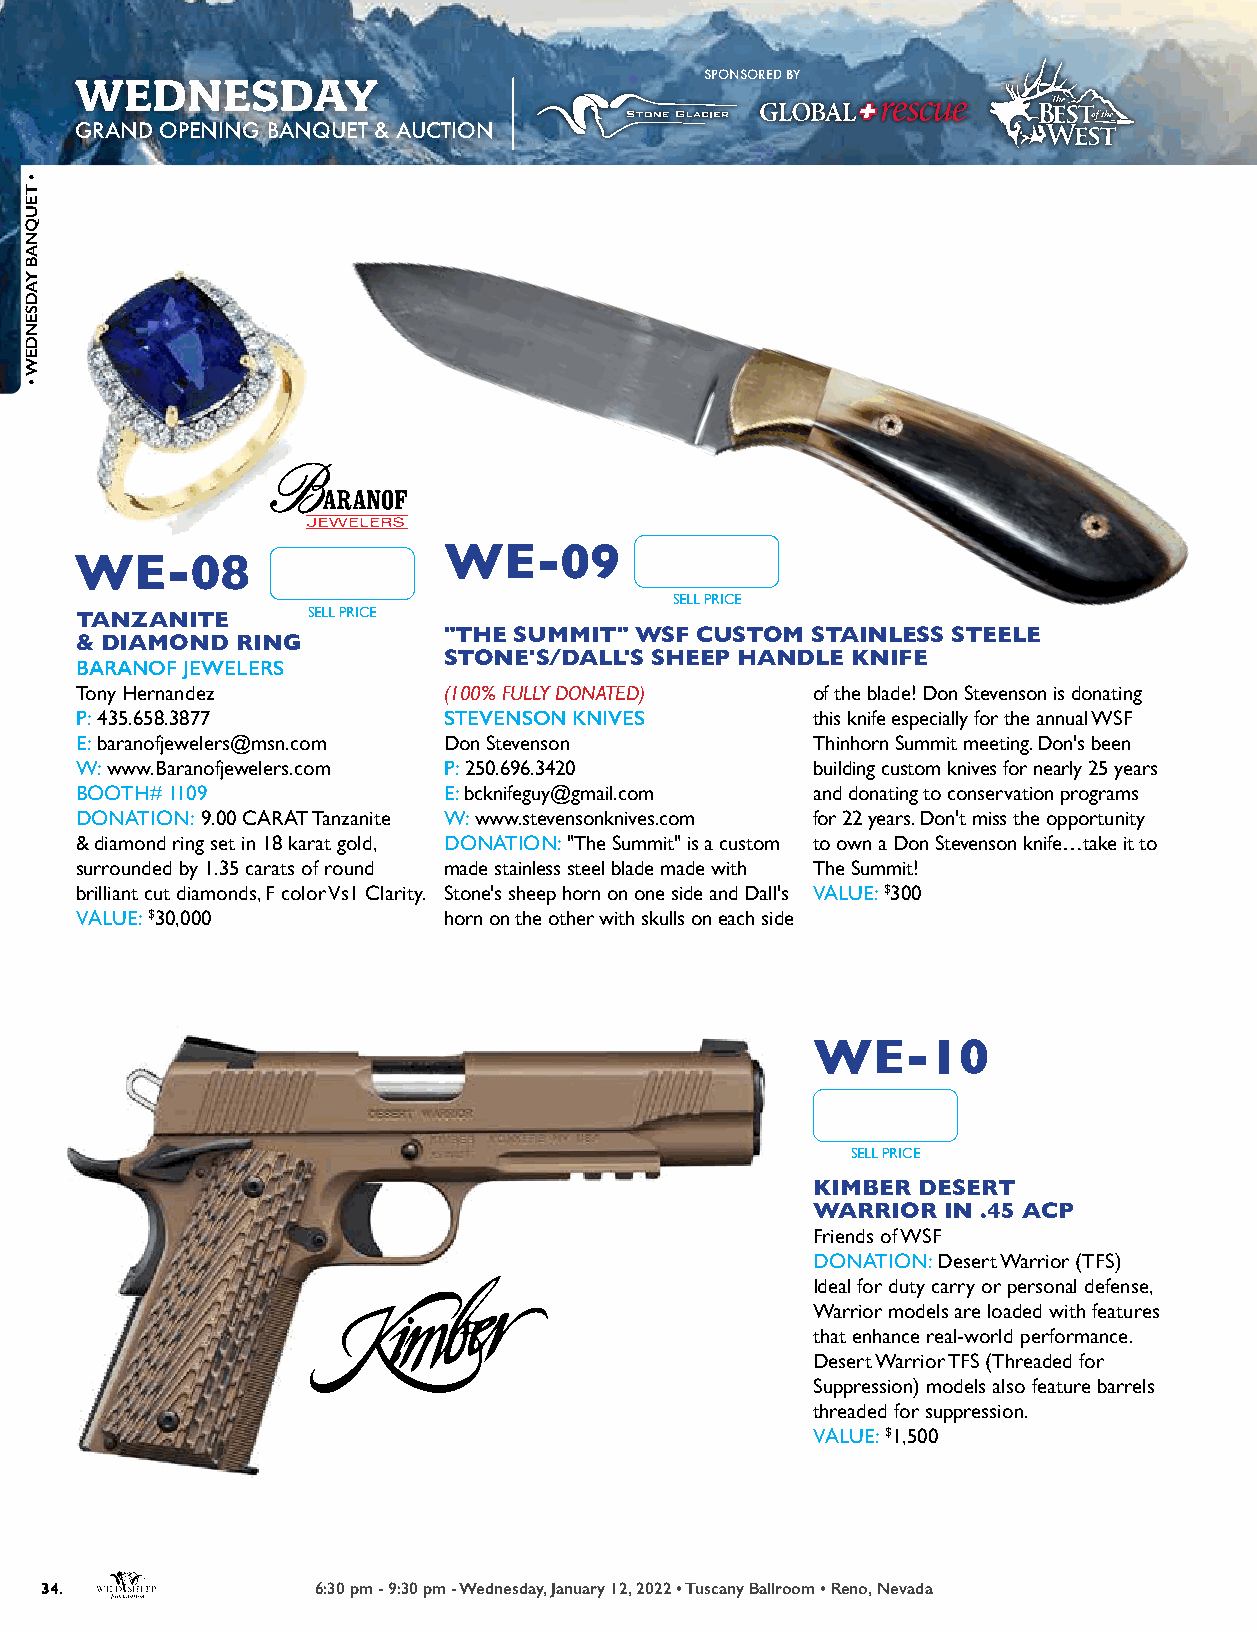
WEDNESDAY                                 SPONSORED BY
 GRAND OPENING BANQUET & AUCTION
 WE-09
 WE-08
 SELL PRICE
 SELL PRICE
 TANZANITE
 "THE SUMMIT" WSF CUSTOM  STAINLESS STEELE
 & DIAMOND  RING
 STONE'S/DALL'S SHEEP HANDLE KNIFE
 BARANOF JEWELERS
 Tony Hernandez          (100% FULLY DONATED)     of the blade! Don Stevenson is donating
 P: 435.658.3877         STEVENSON KNIVES         this knife especially for the annual WSF
 E: baranofjewelers@msn.com Don Stevenson         Thinhorn Summit meeting. Don's been
 W: www.Baranofjewelers.com P: 250.696.3420       building custom knives for nearly 25 years
 BOOTH# 1109             E: bcknifeguy@gmail.com  and donating to conservation programs
 DONATION: 9.00 CARAT Tanzanite W: www.stevensonknives.com for 22 years. Don't miss the opportunity
 & diamond ring set in 18 karat gold, DONATION: "The Summit" is a custom to own a Don Stevenson knife…take it to
 surrounded by 1.35 carats of round made stainless steel blade made with The Summit!
 brilliant cut diamonds, F color Vs1 Clarity. Stone's sheep horn on one side and Dall's VALUE: $300
 VALUE: $30,000          horn on the other with skulls on each side
 WE-10
 SELL PRICE
 KIMBER DESERT
 WARRIOR  IN .45 ACP
 Friends of WSF
 DONATION: Desert Warrior (TFS)
 Ideal for duty carry or personal defense,
 Warrior models are loaded with features
 that enhance real-world performance.
 Desert Warrior TFS (Threaded for
 Suppression) models also feature barrels
 threaded for suppression.
 VALUE: $1,500
 34.               6:30 pm - 9:30 pm - Wednesday, January 12, 2022 • Tuscany Ballroom • Reno, Nevada
 •
 TEUQNAB
 YADSENDEW
 •